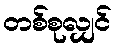
တစ်စုလျှင်